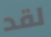
لقد